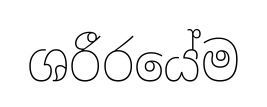
ශරීරයේම